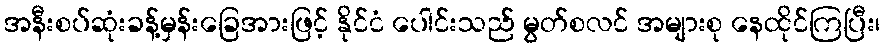
အနီးစပ်ဆုံးခန့်မှန်းခြေအားဖြင့် နိုင်ငံ ပေါင်းသည် မွတ်စလင် အများစု နေထိုင်ကြပြီး၊